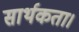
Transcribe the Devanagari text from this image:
सार्थकता।